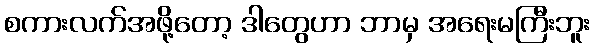
စကားလက်အဖို့တော့ ဒါတွေဟာ ဘာမှ အရေးမကြီးဘူး